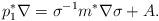
LaTeX: \begin{align*}p_1^*\nabla = \sigma^{-1}m^*\nabla \sigma + A.\end{align*}